French assistants in Scottish schools and training centres, 1932
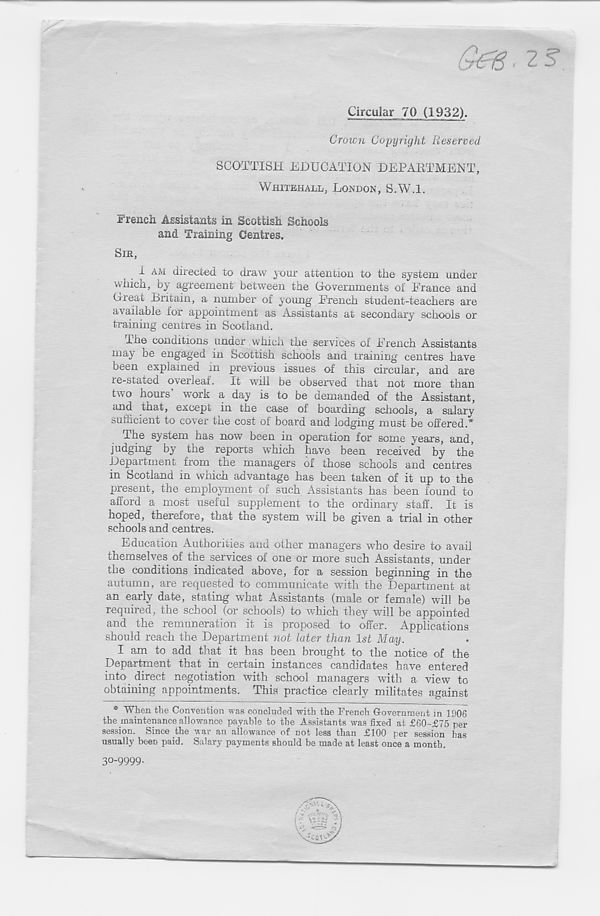
Circular 70 (1932).
Grown Copyright Reserved
SCOTTISH EDUCATION DEPARTMENT,
WHITEHALL, LONDON, S.W.l.
French Assistants in Scottish Schools
and. Training Centres.
SIR,
I AM directed to draw your attention to the system under
which, by agreement between the Oovernments of Erance and
Great Britain, a number of young French student-teachers are
available for appointment as Assistants at secondary schools or
training centres in Scotland.
The conditions under which the services of French Assistants
may be engaged in Scottish schools and training centres have
been explained in previous issues of this circular, and are
re-stated overleaf. It will be observed that not more than
two hours work a day is to be demanded of the Assistant,
and that, except in the case of boarding schools, a salary
sufficient to cover the cost of board and lodging must be offered.*
The system has now been in operation for some years, and,
judging by the reports which have been received by the
Department from the managers of those schools and centres
in Scotland in which advantage has been taken of it up to the
present, the employment of such Assistants has been found to
afford a most useful supplement to the ordinary staff. It is
hoped, therefore, that the system will be given a trial in other
schools and centres.
Education Authorities and other managers who desire to avail
themselves of the services of one or more such Assistants, under
the conditions indicated above, for a session beginning in the
autumn, are requested to communicate with the Department at
an early date, stating what Assistants (male or female) will be
required, the school (or schools) to which they will be appointed
and the remuneration it is proposed to offer. Applications
should reach the Department not later than 1st May.
1 am to add that it has been brought to the notice of the
Department that in certain instances candidates have entered
into direct negotiation with school managers with a view to
obtaining appointments. This practice clearly militates against
* When the Convention was concluded with the French G-ovevnment in 1906
the maintenance allowance payable to the Assistants was fixed at £60-£75 per
session. Since the war an allowance of not less than £100 per session has
usually been paid. Salary payments should be made at least once a month.
30-9999.